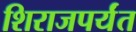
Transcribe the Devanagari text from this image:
शिराजपर्यंत